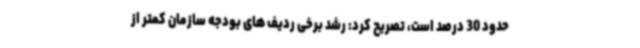
حدود 30 درصد است، تصریح کرد: رشد برخی ردیف های بودجه سازمان کمتر از